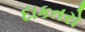
દાકતરો